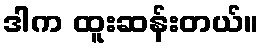
ဒါက ထူးဆန်းတယ်။